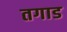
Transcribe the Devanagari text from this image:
तगाड